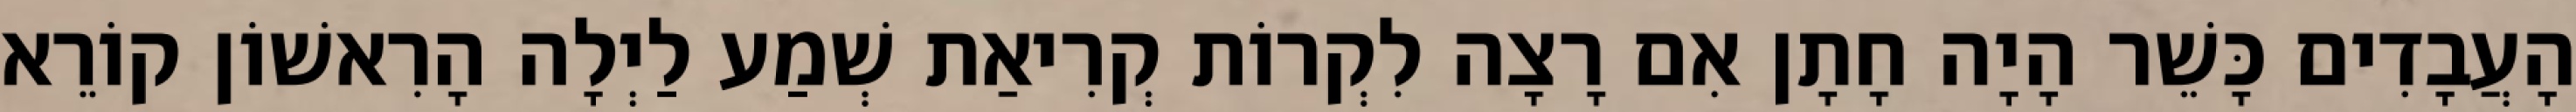
הָעֲבָדִים כָּשֵׁר הָיָה חָתָן אִם רָצָה לִקְרוֹת קְרִיאַת שְׁמַע לַיְלָה הָרִאשׁוֹן קוֹרֵא